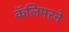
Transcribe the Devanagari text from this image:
कॅलिपरने